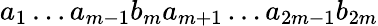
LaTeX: a_{1}\dots a_{m-1}b_{m}a_{m+1}\dots a_{2m-1}b_{2m}